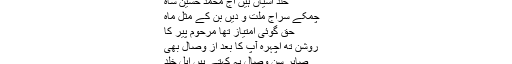
۱۳۸۱ھ/۱۹۶۱ء علی پُور سیّداں ضِلع سیال کوٹ
خلد آشیاں ہیں آج محمد حسین شاہ
چمکے سراجِ ملّت و دیں بن کے مثلِ ماہ
حق گوئی امتیاز تھا مرحوم پیر کا
روشن تھ اچہرہ آپ کا بعد از وصال بھی
صابر سنِ وصال یہ کہتے ہیں اہلِ خلد
ہر اہلِ حق کے لب پہ ہے آواز آہ آہ!